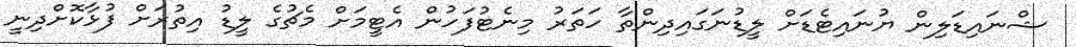
ޝްނައިޑަލިން ޔުނައިޓެޑަށް ލީޑުނަގައިދިންތާ ހަތަރު މިނެޓުފަހުން އެޓީމަށް މެޗުގެ ލީޑު އިތުރަށް ފުޅާކޮށްދިނީ